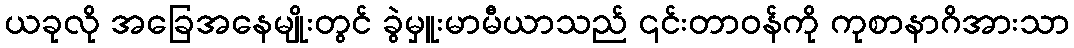
ယခုလို အခြေအနေမျိုးတွင် ခွဲမှူးမာမီယာသည် ၎င်းတာဝန်ကို ကုစာနာဂိအားသာ